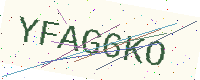
Text: YFAG6KO